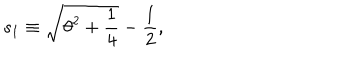
s _ { 1 } \equiv \sqrt { \theta ^ { 2 } + \frac { 1 } { 4 } } - \frac { 1 } { 2 } ,